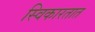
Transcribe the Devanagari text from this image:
स्विकारतात